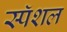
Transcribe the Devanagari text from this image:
स्पॅशल